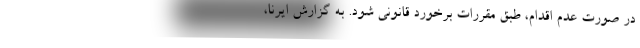
در صورت عدم اقدام، طبق مقررات برخورد قانونی شود. به گزارش ایرنا،